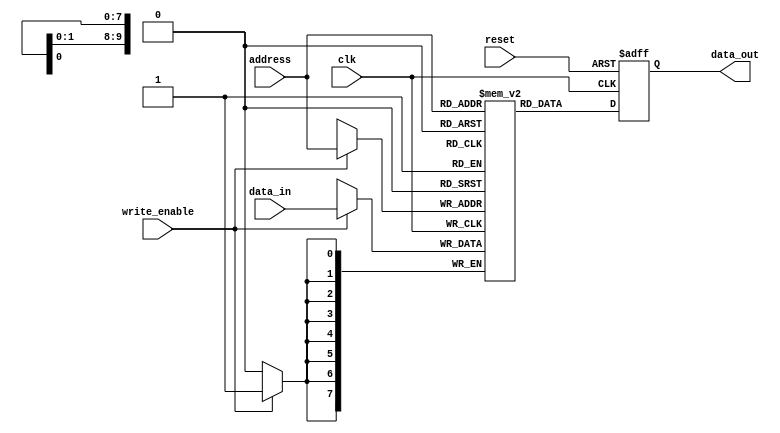
module otp_rom #(
    parameter DATA_WIDTH = 8, // data width in bits
    parameter ADDR_WIDTH = 10 // address width in bits
) (
    input wire clk, // clock signal
    input wire reset, // reset signal
    input wire [ADDR_WIDTH-1:0] address, // address input
    input wire [DATA_WIDTH-1:0] data_in, // input data
    input wire write_enable, // write enable signal
    
    output reg [DATA_WIDTH-1:0] data_out // output data
);

reg [DATA_WIDTH-1:0] memory [0:(2**ADDR_WIDTH)-1]; // memory array declaration

// read operation
always @ (posedge clk or posedge reset) begin
    if (reset) begin
        data_out <= 0;
    end else begin
        data_out <= memory[address];
    end
end

// write operation
always @ (posedge clk) begin
    if (write_enable) begin
        memory[address] <= data_in;
    end
end

endmodule